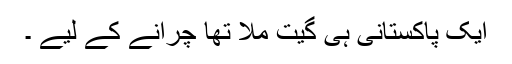
ایک پاکستانی ہی گیت ملا تھا چرانے کے لیے ۔